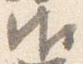
御